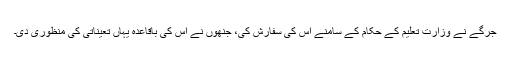
جرگے نے وزارتِ تعلیم کے حکام کے سامنے اس کی سفارش کی، جنھوں نے اس کی باقاعدہ یہاں تعیناتی کی منظوری دی۔